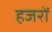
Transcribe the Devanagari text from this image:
हजरों